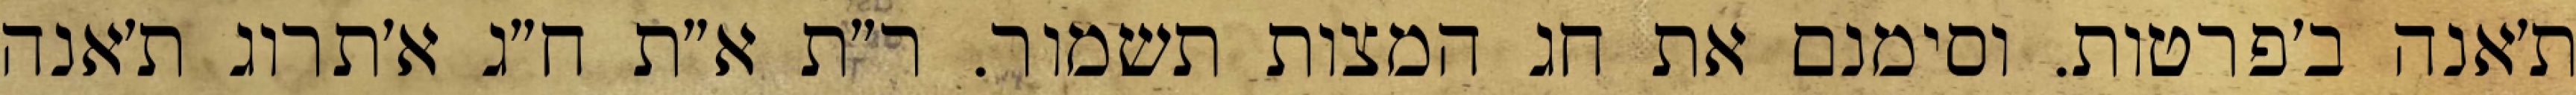
ת׳אנה ב׳פרטות. וסימנם את חג המצות תשמור. ר״ת א״ת ח״ג א׳תרוג ת׳אנה